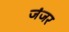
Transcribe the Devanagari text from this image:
जंजर